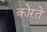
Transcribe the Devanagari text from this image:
कोरते